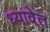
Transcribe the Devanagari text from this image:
ध्यावेत